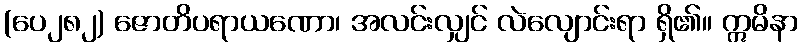
(ပေ၂၈၂) ဇောတိပရာယဏော၊ အလင်းလျှင် လဲလျောင်းရာ ရှိ၏။ ဣမိနာ